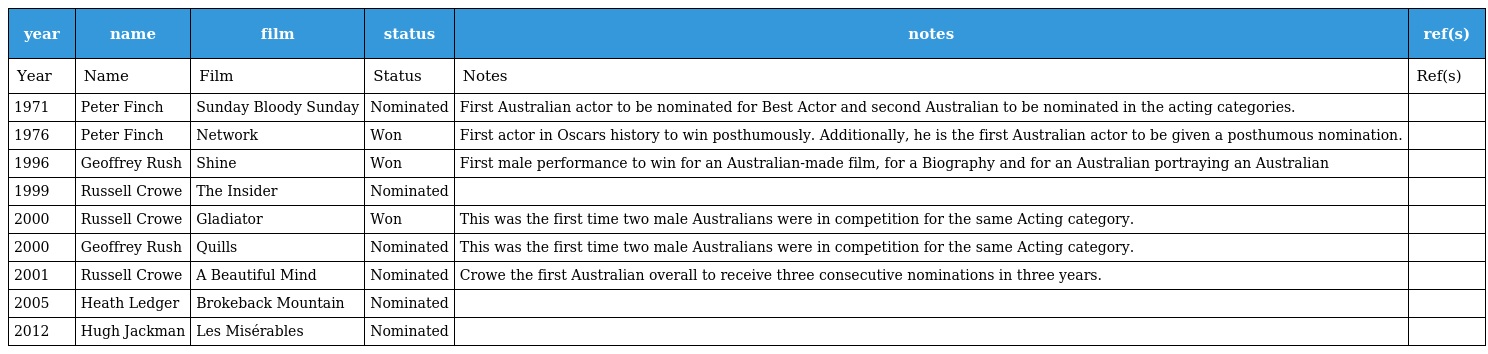
| year | name | film | status | notes | ref(s) |
 | --- | --- | --- | --- | --- | --- |
 | Year | Name | Film | Status | Notes | Ref(s) |
 | 1971 | Peter Finch | Sunday Bloody Sunday | Nominated | First Australian actor to be nominated for Best Actor and second Australian to be nominated in the acting categories. |  |
 | 1976 | Peter Finch | Network | Won | First actor in Oscars history to win posthumously. Additionally, he is the first Australian actor to be given a posthumous nomination. |  |
 | 1996 | Geoffrey Rush | Shine | Won | First male performance to win for an Australian-made film, for a Biography and for an Australian portraying an Australian |  |
 | 1999 | Russell Crowe | The Insider | Nominated |  |  |
 | 2000 | Russell Crowe | Gladiator | Won | This was the first time two male Australians were in competition for the same Acting category. |  |
 | 2000 | Geoffrey Rush | Quills | Nominated | This was the first time two male Australians were in competition for the same Acting category. |  |
 | 2001 | Russell Crowe | A Beautiful Mind | Nominated | Crowe the first Australian overall to receive three consecutive nominations in three years. |  |
 | 2005 | Heath Ledger | Brokeback Mountain | Nominated |  |  |
 | 2012 | Hugh Jackman | Les Misérables | Nominated |  |  |